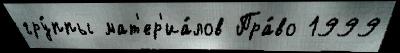
гру́ппы мат'ер'иа́лов Пра́во 1999